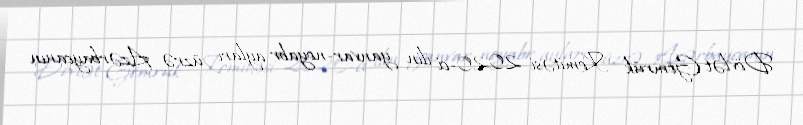
Dövlət Gömrük Komitəsi 2020-ci ilin yanvar-noyabr ayları üzrə Azərbaycanın